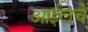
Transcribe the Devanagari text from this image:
आईलचे